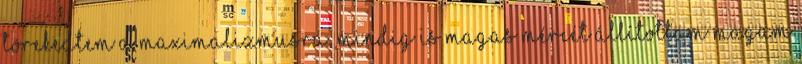
törekedtem a maximalizmusra, mindig is magas mércét állítottam magam